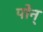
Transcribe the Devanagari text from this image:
पोन्